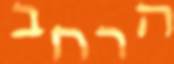
הרחב